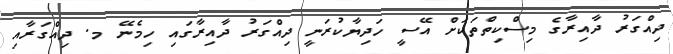
ދިއްގަރު ދާއިރާގެ މިސްކިތްތަކަށް އޭސީ ހަދިޔާކުރަނީ ދިއްގަރު ދާއިރާގައި ހިމެނޭ މ. ދިއްގަރާއި